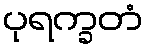
ပုရက္ခတံ